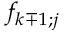
f _ { k \mp 1 ; j }